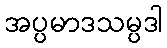
အပ္ပမာဒသမ္ပဒါ